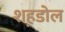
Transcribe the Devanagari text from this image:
शह़डोल